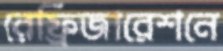
রেফ্রিজারেশনে